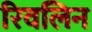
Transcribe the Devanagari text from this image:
रिवलिन